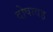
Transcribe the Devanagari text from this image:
दोषावह